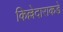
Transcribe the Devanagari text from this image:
किल्लेदाराकडे